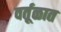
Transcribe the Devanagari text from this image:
वर्तूळात